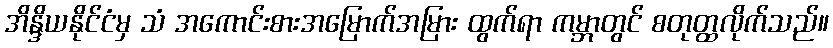
အိန္ဒိယနိုင်ငံမှ သံ အကောင်းစားအမြောက်အမြား ထွက်ရာ ကမ္ဘာတွင် စတုတ္ထလိုက်သည်။